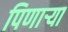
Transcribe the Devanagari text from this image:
पिणार्‍या